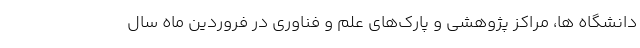
دانشگاه ها، مراکز پژوهشی و پارک‌های علم و فناوری در فروردین ماه سال